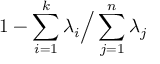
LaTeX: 1 - \sum _ { i = 1 } ^ { k } \lambda _ { i } { \Big / } \sum _ { j = 1 } ^ { n } \lambda _ { j }